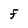
Character: F